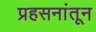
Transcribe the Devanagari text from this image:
प्रहसनांतून